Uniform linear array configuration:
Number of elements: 64
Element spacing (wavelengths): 0.25
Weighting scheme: cosine
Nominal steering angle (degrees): -45
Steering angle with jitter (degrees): -43.969
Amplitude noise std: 0.05
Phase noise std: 0.05

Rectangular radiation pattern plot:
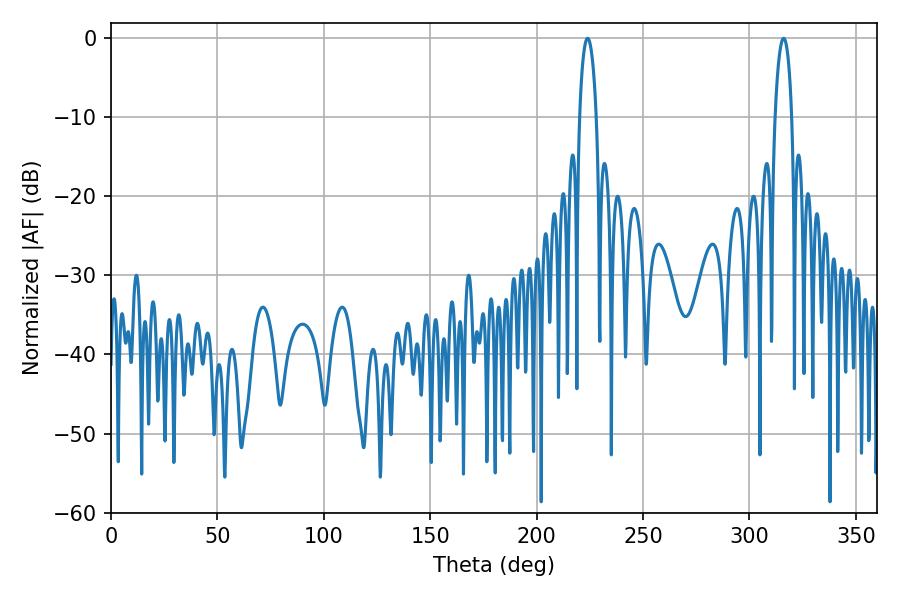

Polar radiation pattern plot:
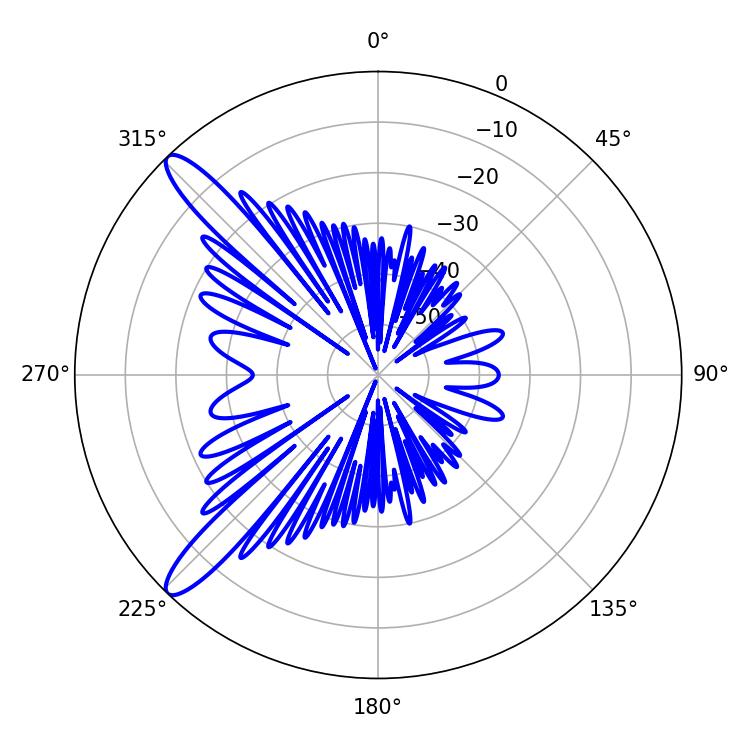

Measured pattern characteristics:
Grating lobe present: FALSE
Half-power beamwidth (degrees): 4.5
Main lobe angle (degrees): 223.92